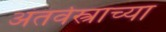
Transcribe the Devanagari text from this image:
अंतर्वस्त्राच्या